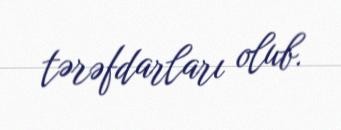
tərəfdarları olub.